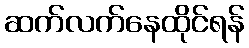
ဆက်လက်နေထိုင်ရန်